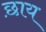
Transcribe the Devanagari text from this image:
छ़ाय